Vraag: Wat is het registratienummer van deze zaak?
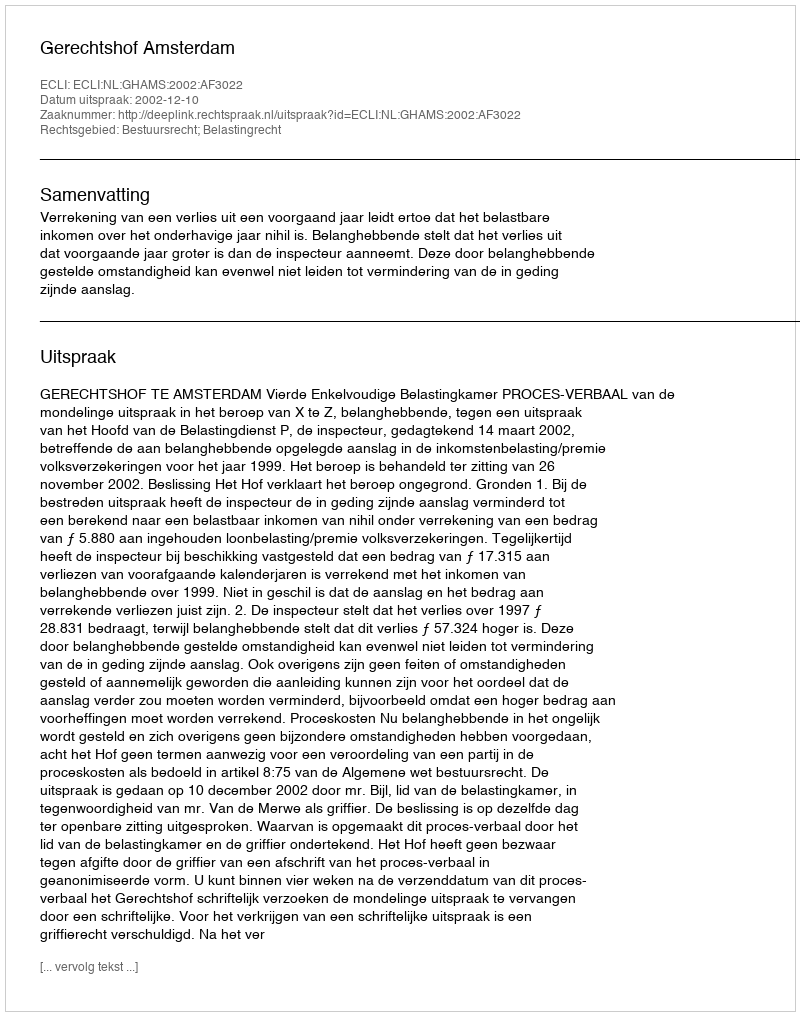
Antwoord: http://deeplink.rechtspraak.nl/uitspraak?id=ECLI:NL:GHAMS:2002:AF3022